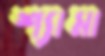
শ্যামা